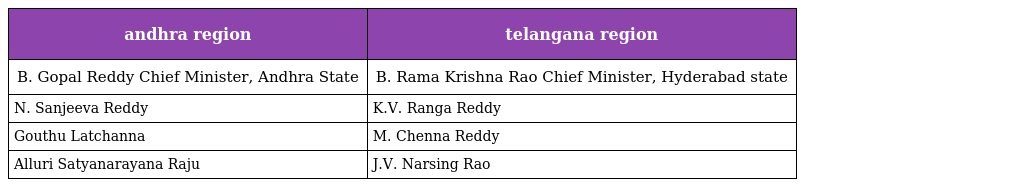
| andhra region | telangana region |
 | --- | --- |
 | B. Gopal Reddy Chief Minister, Andhra State | B. Rama Krishna Rao Chief Minister, Hyderabad state |
 | N. Sanjeeva Reddy | K.V. Ranga Reddy |
 | Gouthu Latchanna | M. Chenna Reddy |
 | Alluri Satyanarayana Raju | J.V. Narsing Rao |